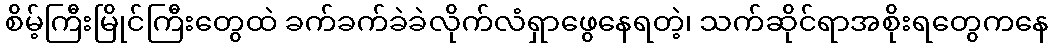
စိမ့်ကြီးမြိုင်ကြီးတွေထဲ ခက်ခက်ခဲခဲလိုက်လံရှာဖွေနေရတဲ့၊ သက်ဆိုင်ရာအစိုးရတွေကနေ